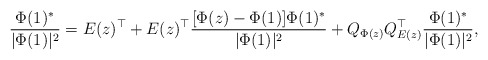
\begin{align*}\frac{\Phi(1)^*}{|\Phi(1)|^2} = E(z)^\top + E(z)^\top \frac{[\Phi(z) - \Phi(1)] \Phi(1)^*}{|\Phi(1)|^2}+ Q_{\Phi(z)} Q_{E(z)}^\top \frac{\Phi(1)^*}{|\Phi(1)|^2},\end{align*}